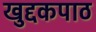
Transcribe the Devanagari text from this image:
खुद्दकपाठ